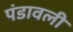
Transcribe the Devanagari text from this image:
पंडावली